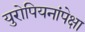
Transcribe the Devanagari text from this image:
युरोपियनांपेक्षा